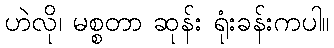
ဟဲလို၊ မစ္စတာ ဆုန်း ရုံးခန်းကပါ။